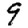
Digit: 9